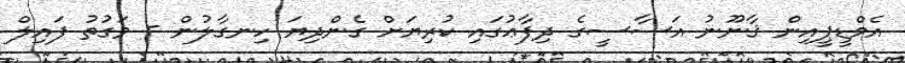
އެމްޑީޕީއިން ޤާނޫނު އަސާސީގެ ދިފާޢުގައި ކުރިޔަށް ގެންދިޔަ ހިނގާލުން - ވަގުތު ފައިލް